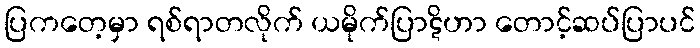
ပြကတေ့မှာ ရစ်ရာတလိုက် ယမိုက်ပြာဋိဟာ တောင့်ဆပ်ပြာပင်